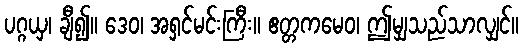
ပဂ္ဂယှ၊ ချီ၍။ ဒေဝ၊ အရှင်မင်းကြီး။ ဧတ္တကမေဝ၊ ဤမျှသည်သာလျှင်။